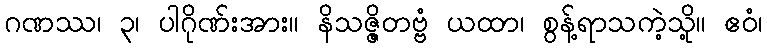
ဂဏဿ၊ ၃၊ ပါဂိုဏ်းအား။ နိသဇ္ဇိတဗ္ဗံ ယထာ၊ စွန့်ရာသကဲ့သို့။ ဧဝံ၊